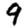
Digit: 9